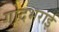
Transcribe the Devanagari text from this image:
गोदभराई